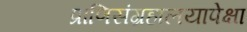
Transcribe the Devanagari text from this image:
प्राणिसंग्रहालयापेक्षा